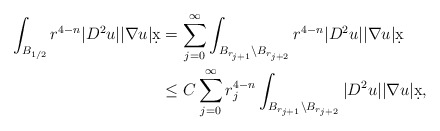
\begin{align*}\int_{B_{1/2}} r^{4-n} |D^2 u| |\nabla u| \d x &= \sum_{j = 0}^{\infty} \int_{B_{r_{j+1}} \setminus B_{r_{j+2}}} r^{4-n} |D^2 u| |\nabla u| \d x\\& \leq C \sum_{j = 0}^{\infty} r_j^{4-n} \int_{B_{r_{j+1}} \setminus B_{r_{j+2}}} |D^2 u| |\nabla u| \d x,\end{align*}